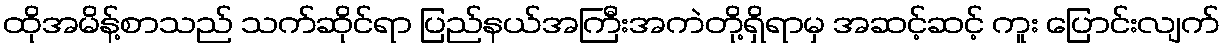
ထိုအမိန့်စာသည် သက်ဆိုင်ရာ ပြည်နယ်အကြီးအကဲတို့ရှိရာမှ အဆင့်ဆင့် ကူး ပြောင်းလျက်